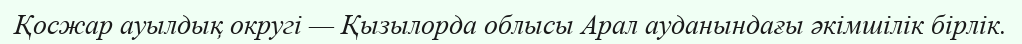
Қосжар ауылдық округі — Қызылорда облысы Арал ауданындағы әкімшілік бірлік.